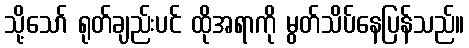
သို့သော် ရုတ်ချည်းပင် ထိုအရာကို မွတ်သိပ်နေပြန်သည်။